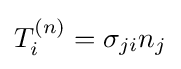
T_{i}^{(n)}=\sigma _{ji}n_{j}